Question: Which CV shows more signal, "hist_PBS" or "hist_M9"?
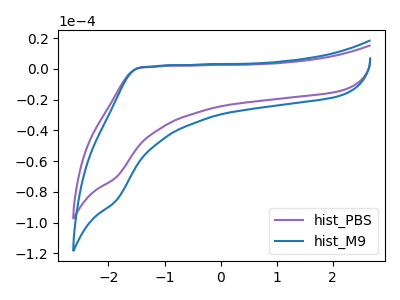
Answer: <think>The purple curve "hist_PBS" has no peaks. The blue curve "hist_M9" has no peaks.
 Neither "hist_PBS" or "hist_M9" have any peaks.</think>
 <answer>I cant tell if "hist_PBS" or "hist_M9" has more signal.</answer>
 <eval>mixed_signal</eval>